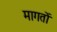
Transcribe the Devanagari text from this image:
मागतों